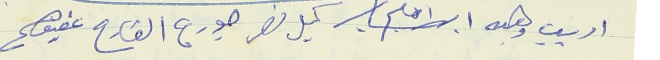
اديب وهبه ابراهيم كيل نصر جورج القارح عفيف